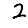
Digit: 2